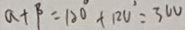
a + \beta = 1 2 0 ^ { \circ } + 1 2 v ^ { 2 } = 3 0 0